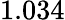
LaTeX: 1.034